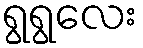
ရွရွလေး